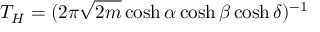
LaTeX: T _ { H } = ( 2 \pi \sqrt { 2 m } \cosh \alpha \cosh \beta \cosh \delta ) ^ { - 1 }